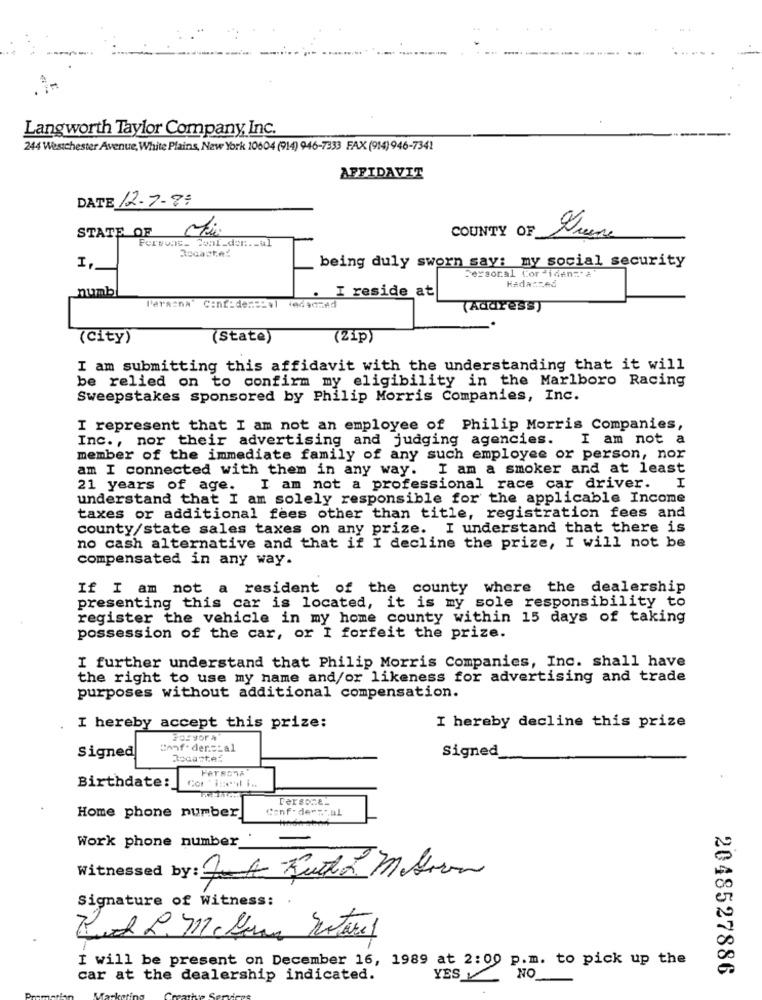
Langworth Taylor Company Inc.
244 Westchester Avenue, White Plains, New York 10604 (914) 946-7333 FAX (914)946-7341
AFFIDAVIT
DATE 12.7-7:
STATE OF
COUNTY OF
I.
being duly sworn say: my social security
Personal Cordiden=" a"
KAda:zed
numb
I reside at
Paraana" Confidencial
(Address)
(City)
(State)
(21p)
I am submitting this affidavit with the understanding that it will
be relied on to confirm my eligibility in the Marlboro Racing
Sweepstakes sponsored by Philip Morris Companies, Inc.
I represent that I am not an employee of Philip Morris Companies,
Inc ., nor their advertising and judging agencies.
I am not a
member of the immediate family of any such employee or person, nor
am I connected with them in any way.
I am a smoker and at least
21 years of age.
I am not a professional race car driver. I
understand that I am solely responsible for the applicable Income
taxes or additional fees other than title, registration fees and
county/state sales taxes on any prize. I understand that there is
no cash alternative and that if I decline the prize, I will not be
compensated in any way.
If I am not a resident of the county where the dealership
presenting this car is located, it is my sole responsibility to
register the vehicle in my home county within 15 days of taking
possession of the car, or I forfeit the prize.
I further understand that Philip Morris Companies, Inc. shall have
the right to use my name and/or likeness for advertising and trade
purposes without additional compensation.
I hereby accept this prize:
I hereby decline this prize
Conf. der=tal
Signed
Rocastef
Signed
Birthdate:
Cor 'iseul i ..
Persone.
Home phone number
Conf. derwal
Work phone number_
Signature of Witness:
I will be present on December 16, 1989 at 2:00 p.m. to pick up the
2048527886
car at the dealership indicated.
YES
NO